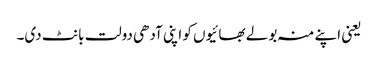
یعنی اپنے منہ بولے بھائیوں کو اپنی آدھی دولت بانٹ دی۔